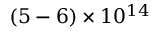
( 5 - 6 ) \times 1 0 ^ { 1 4 }